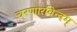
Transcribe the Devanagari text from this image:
चरणारविन्दम्